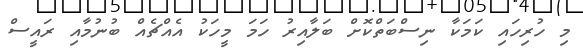
މި ހުރިހައި ކަމަކާ ނިސްބަތްކޮށް ބަލާއިރު ހަމަ މީހަކު އެއްޗެއް ބުނުމާއި ރައީސް